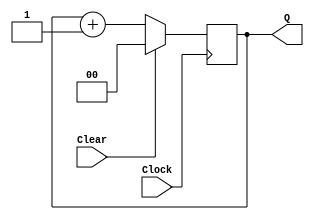
//Function:   a counter for the instructions
module upcount(Clear,Clock,Q);
    input Clear,Clock;
    output [1:0] Q;
    reg [1:0] Q;

    always @(posedge Clock)
          if (Clear)
               Q <= 2'b0;
          else
               Q <= Q+1'b1;
endmodule